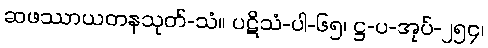
ဆဖဿာယတနသုတ်-သံ။ ပဋိသံ-ပါ-၆၅၊ ဋ္ဌ-ပ-အုပ်-၂၅၄၊